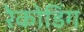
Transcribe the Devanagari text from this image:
रेकोडिंग